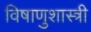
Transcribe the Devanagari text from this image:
विषाणुशास्त्री